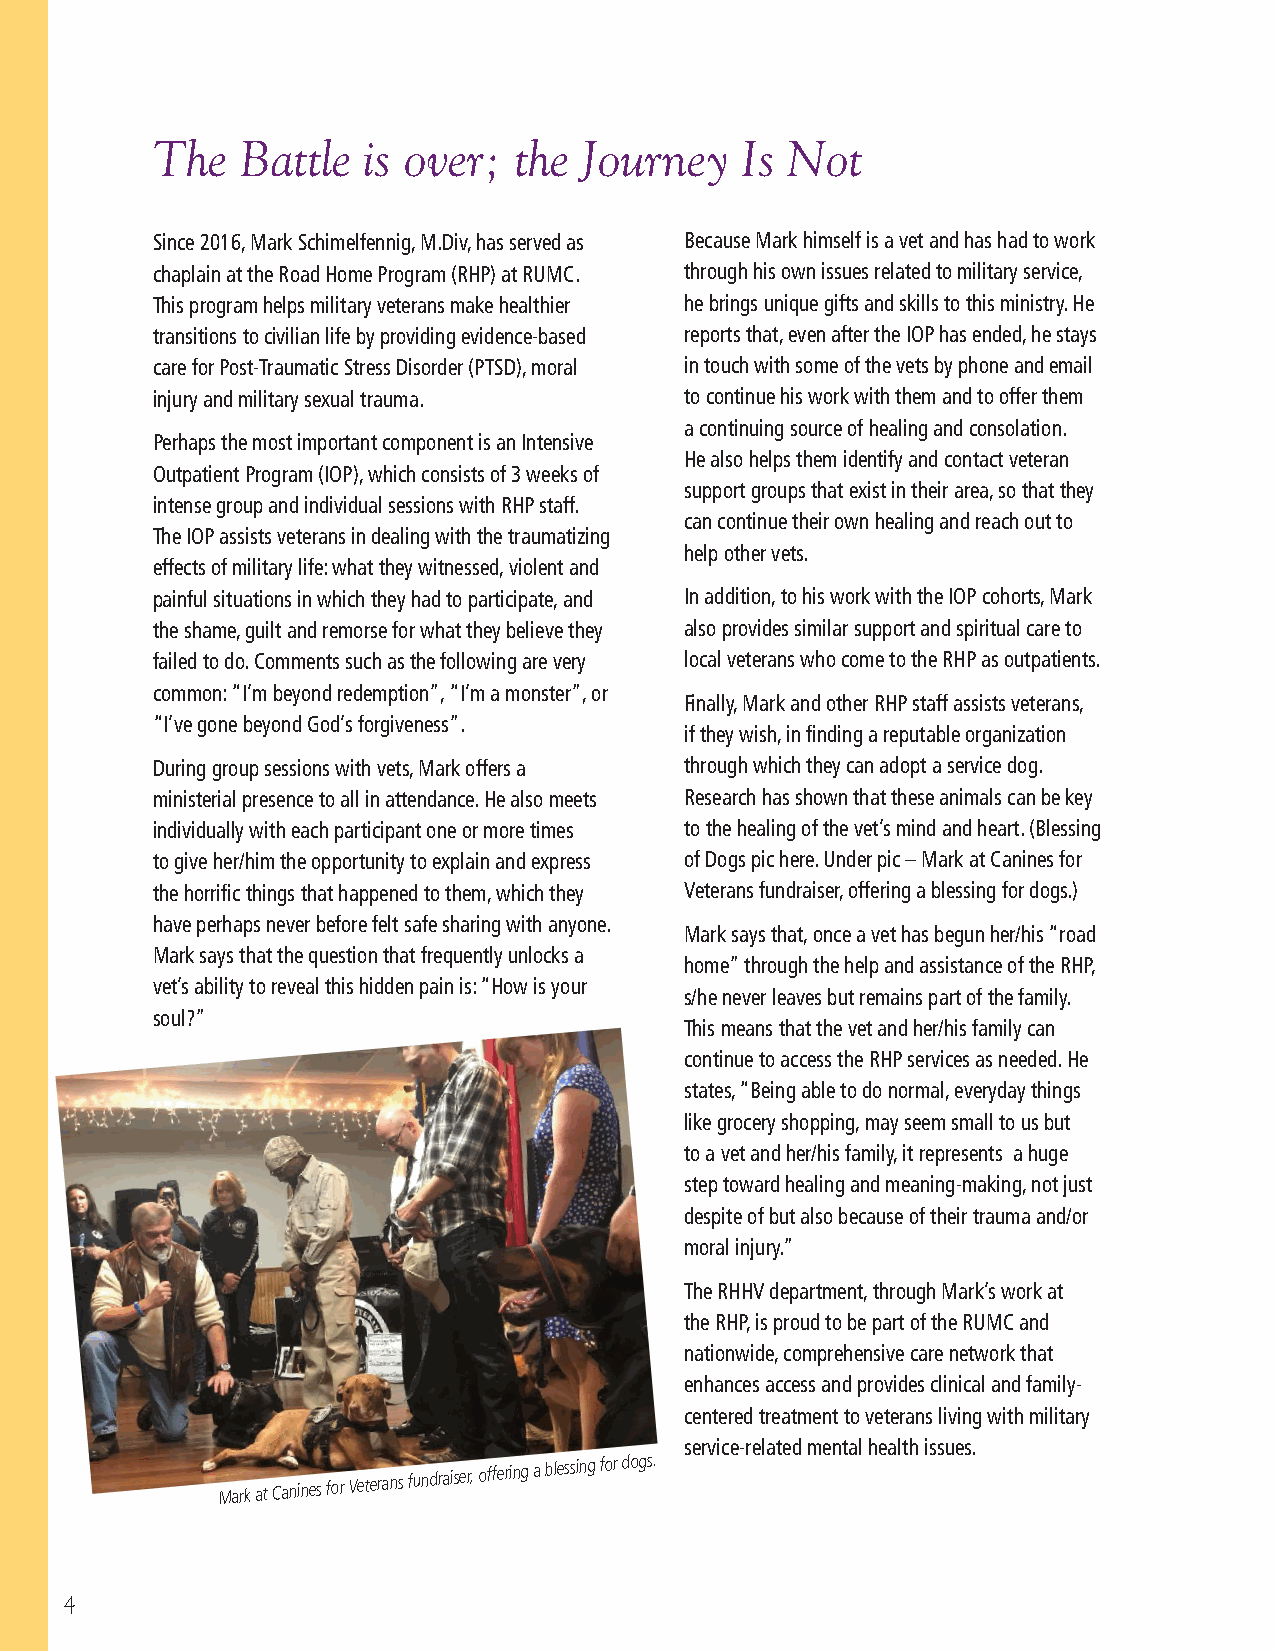
The   Battle  is over;  the  Journey   Is Not
 Since 2016, Mark Schimelfennig, M.Div, has served as Because Mark himself is a vet and has had to work
 chaplain at the Road Home Program (RHP) at RUMC. through his own issues related to military service,
 This program helps military veterans make healthier he brings unique gifts and skills to this ministry. He
 transitions to civilian life by providing evidence-based reports that, even after the IOP has ended, he stays
 care for Post-Traumatic Stress Disorder (PTSD), moral in touch with some of the vets by phone and email
 injury and military sexual trauma. to continue his work with them and to offer them
 a continuing source of healing and consolation.
 Perhaps the most important component is an Intensive
 He also helps them identify and contact veteran
 Outpatient Program (IOP), which consists of 3 weeks of
 support groups that exist in their area, so that they
 intense group and individual sessions with RHP staff.
 can continue their own healing and reach out to
 The IOP assists veterans in dealing with the traumatizing
 help other vets.
 effects of military life: what they witnessed, violent and
 painful situations in which they had to participate, and In addition, to his work with the IOP cohorts, Mark
 the shame, guilt and remorse for what they believe they also provides similar support and spiritual care to
 failed to do. Comments such as the following are very local veterans who come to the RHP as outpatients.
 common: “I’m beyond redemption”, “I’m a monster”, or
 Finally, Mark and other RHP staff assists veterans,
 “I’ve gone beyond God’s forgiveness”.
 if they wish, in finding a reputable organization
 During group sessions with vets, Mark offers a through which they can adopt a service dog.
 ministerial presence to all in attendance. He also meets Research has shown that these animals can be key
 individually with each participant one or more times to the healing of the vet’s mind and heart. (Blessing
 to give her/him the opportunity to explain and express of Dogs pic here. Under pic – Mark at Canines for
 the horrific things that happened to them, which they Veterans fundraiser, offering a blessing for dogs.)
 have perhaps never before felt safe sharing with anyone.
 Mark says that, once a vet has begun her/his “road
 Mark says that the question that frequently unlocks a
 home” through the help and assistance of the RHP,
 vet’s ability to reveal this hidden pain is: “How is your
 s/he never leaves but remains part of the family.
 soul?”
 This means that the vet and her/his family can
 continue to access the RHP services as needed. He
 states, “Being able to do normal, everyday things
 like grocery shopping, may seem small to us but
 to a vet and her/his family, it represents a huge
 step toward healing and meaning-making, not just
 despite of but also because of their trauma and/or
 moral injury.”
 The RHHV department, through Mark’s work at
 the RHP, is proud to be part of the RUMC and
 nationwide, comprehensive care network that
 enhances access and provides clinical and family-
 centered treatment to veterans living with military
 service-related mental health issues.
 Mark at Canines for Veterans fundraiser, offering a blessing for dogs.
 4